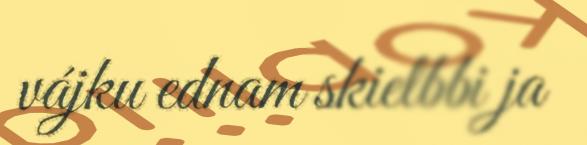
vájku ednam skielbbi ja